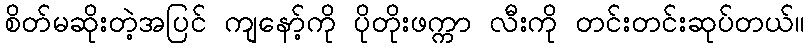
စိတ်မဆိုးတဲ့အပြင် ကျနော့်ကို ပိုတိုးဖက္ကာ လီးကို တင်းတင်းဆုပ်တယ်။